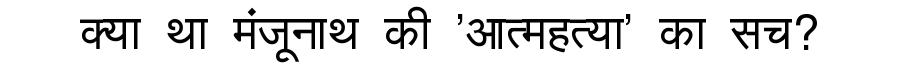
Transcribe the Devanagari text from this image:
क्या था मंजूनाथ की 'आत्महत्या' का सच?